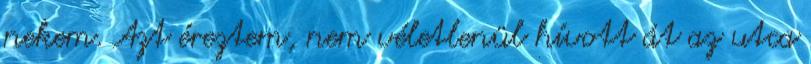
nekem. Azt éreztem, nem véletlenül hívott át az utca